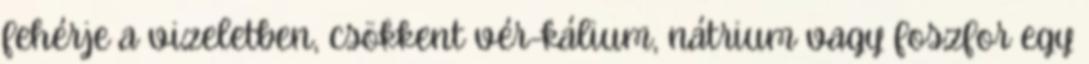
fehérje a vizeletben, csökkent vér-kálium, nátrium vagy foszfor egy